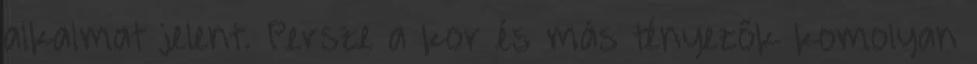
alkalmat jelent. Persze a kor és más tényezők komolyan